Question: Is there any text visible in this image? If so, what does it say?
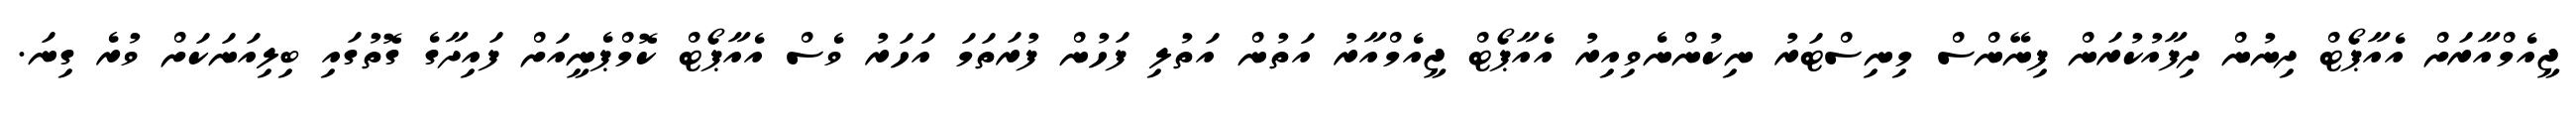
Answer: ޖީއެމްއާރަށް އެއާޕޯޓް ދިނުން ދިފާއުކުރަން ފިނޭންސް މިނިސްޓަރު ނިކުންނެވިއިރު އެއާޕޯޓް ޖީއެމްއާރު އަތުން އަތުލި ފަހުން ފުރަތަމަ އަހަރު ވެސް އެއާޕޯޓް ކޮމްޕެނީއަށް ފައިދާގެ ގޮތުގައި ބިލިއަނަކަށް ވުރެ ގިނަ.